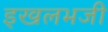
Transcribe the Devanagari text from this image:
इखलभजी